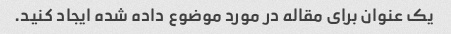
یک عنوان برای مقاله در مورد موضوع داده شده ایجاد کنید.